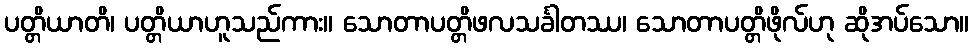
ပတ္တိယာတိ၊ ပတ္တိယာဟူသည်ကား။ သောတာပတ္တိဖလသင်္ခါတဿ၊ သောတာပတ္တိဖိုလ်ဟု ဆိုအပ်သော။